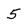
Character: 5